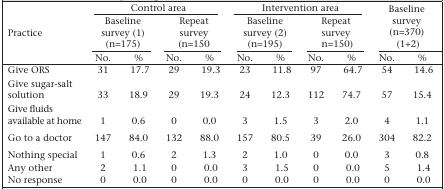
<table><thead><tr><td rowspan="3"><b>Practice</b></td><td colspan="4"><b>Control area</b></td><td colspan="4"><b>Intervention area</b></td><td rowspan="2" colspan="2"><b>Baseline survey (n=370) (1+2)</b></td></tr><tr><td colspan="2"><b>Baseline survey (1) (n=175)</b></td><td colspan="2"><b>Repeat survey (n=150</b></td><td colspan="2"><b>Baseline survey (2) (n=195)</b></td><td colspan="2"><b>Repeat survey n=150)</b></td></tr><tr><td><b>No.</b></td><td><b>%</b></td><td><b>No.</b></td><td><b>%</b></td><td><b>No.</b></td><td><b>%</b></td><td><b>No.</b></td><td><b>%</b></td><td><b>No.</b></td><td><b>%</b></td></tr></thead><tbody><tr><td>Give ORS</td><td>31</td><td>17.7</td><td>29</td><td>19.3</td><td>23</td><td>11.8</td><td>97</td><td>64.7</td><td>54</td><td>14.6</td></tr><tr><td>Give sugar-salt solution</td><td>33</td><td>18.9</td><td>29</td><td>19.3</td><td>24</td><td>12.3</td><td>112</td><td>74.7</td><td>57</td><td>15.4</td></tr><tr><td>Give fluids available at home</td><td>1</td><td>0.6</td><td>0</td><td>0.0</td><td>3</td><td>1.5</td><td>3</td><td>2.0</td><td>4</td><td>1.1</td></tr><tr><td>Go to a doctor</td><td>147</td><td>84.0</td><td>132</td><td>88.0</td><td>157</td><td>80.5</td><td>39</td><td>26.0</td><td>304</td><td>82.2</td></tr><tr><td>Nothing special</td><td>1</td><td>0.6</td><td>2</td><td>1.3</td><td>2</td><td>1.0</td><td>0</td><td>0.0</td><td>3</td><td>0.8</td></tr><tr><td>Any other</td><td>2</td><td>1.1</td><td>0</td><td>0.0</td><td>3</td><td>1.5</td><td>0</td><td>0.0</td><td>5</td><td>1.4</td></tr><tr><td>No response</td><td>0</td><td>0.0</td><td>0</td><td>0.0</td><td>0</td><td>0.0</td><td>0</td><td>0.0</td><td>0</td><td>0.0</td></tr></tbody></table>